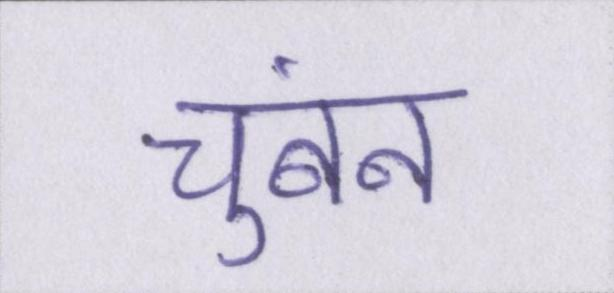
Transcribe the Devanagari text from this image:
चुंबन